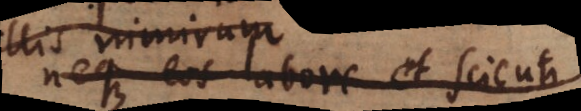
et scienti